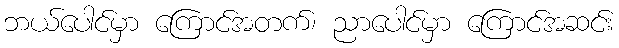
ဘယ်ပေါင်မှာ ကြောင်အတက်၊ ညာပေါင်မှာ ကြောင်အဆင်း